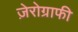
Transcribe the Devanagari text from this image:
ज़ेरोग्राफी